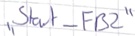
Text: "Start_FB2"